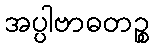
အပ္ပါဗာဓတဉ္စ